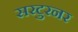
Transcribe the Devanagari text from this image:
सरटुरनर